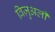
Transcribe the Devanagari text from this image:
विज़ुअली